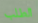
الطلب